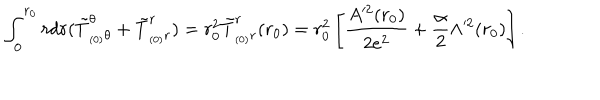
\int _ { 0 } ^ { r _ { 0 } } r d r ( \tilde { T } _ { _ { ( 0 ) } \theta } ^ { \theta } + \tilde { T } _ { _ { ( 0 ) } r } ^ { r } ) = r _ { 0 } ^ { 2 } \tilde { T } _ { _ { ( 0 ) } r } ^ { r } ( r _ { 0 } ) = r _ { 0 } ^ { 2 } \left[ \frac { A ^ { 2 } ( r _ { 0 } ) } { 2 e ^ { 2 } } + \frac { \alpha } { 2 } \Lambda ^ { 2 } ( r _ { 0 } ) \right] .